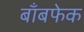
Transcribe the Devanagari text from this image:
बाँबफेक